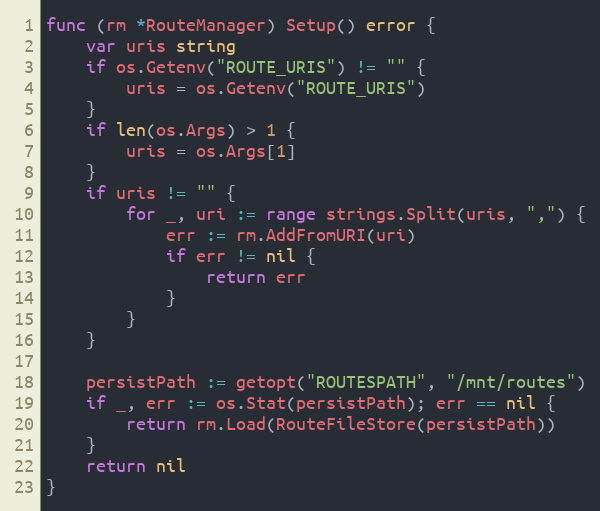
Language: Go
func (rm *RouteManager) Setup() error {
	var uris string
	if os.Getenv("ROUTE_URIS") != "" {
		uris = os.Getenv("ROUTE_URIS")
	}
	if len(os.Args) > 1 {
		uris = os.Args[1]
	}
	if uris != "" {
		for _, uri := range strings.Split(uris, ",") {
			err := rm.AddFromURI(uri)
			if err != nil {
				return err
			}
		}
	}

	persistPath := getopt("ROUTESPATH", "/mnt/routes")
	if _, err := os.Stat(persistPath); err == nil {
		return rm.Load(RouteFileStore(persistPath))
	}
	return nil
}